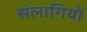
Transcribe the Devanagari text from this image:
संलागियों